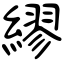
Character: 繆